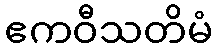
ဧကဝီသတိမံ